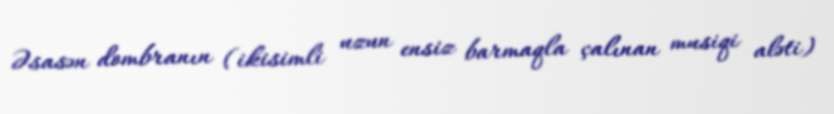
Əsasən dombranın (ikisimli uzun ensiz barmaqla çalınan musiqi aləti)